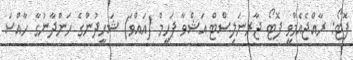
ފޮޓޯ: ރާއްޖެއެމްވީ ފޮޓޯ ޖާރނަލިސްޓް އަޝްވާ ފަހީމް (އައްވަ) ޝަހީދުންގެ ހަންދާނުގާ ހާއްސަ